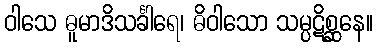
ဝါသေ ဓူမာဒိသင်္ခါရေ၊ ဓိဝါသော သမ္ပဋိစ္ဆနေ။